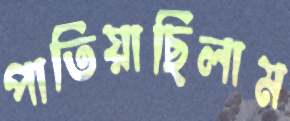
পাতিয়াছিলাম